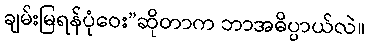
ချမ်းမြရန်ပုံဝေး”ဆိုတာက ဘာအဓိပ္ပာယ်လဲ။